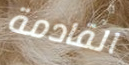
القادمة